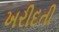
ખરીદતી